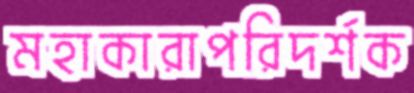
মহাকারাপরিদর্শক